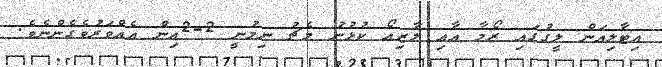
އިޓާލިއަން ލީގުގައި ރޯމާ އާއި ލާޒިއޯ ކުޅުނު މެޗު ނިމުނީ 2-2އިން އެއްވަރުވެގެންނެވެ.